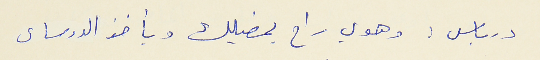
درباس : وهوي راح يمضيلك ويأخذ الدوساى